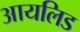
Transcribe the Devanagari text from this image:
आयलिड